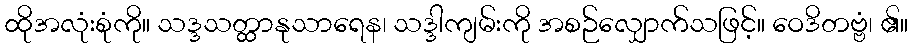
ထိုအလုံးစုံကို။ သဒ္ဒသတ္ထာနုသာရေန၊ သဒ္ဒါကျမ်းကို အစဉ်လျှောက်သဖြင့်။ ဝေဒိတဗ္ဗံ၊ ၏။